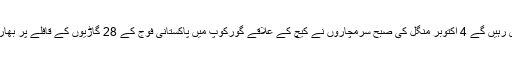
قابض فورسز اور انکے معاون کاروں پر حملے مقبوضہ بلوچستان کی آزادی تک جاری رہیں گے 4 اکتوبر منگل کی صبح سرمچاروں نے کیچ کے علاقے گورکوپ میں پاکستانی فوج کے 28 گاڑیوں کے قافلے پر بھاری ہتھیاروں سے اُس وقت حملہ کیا جب وہ فوجی آپریشن کیلئے گورکوپ جارہے تھے۔